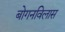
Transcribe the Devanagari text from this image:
बोगनविलास